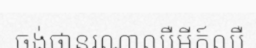
ចង់ថានរណាឈឺអីក៍ឈឺ